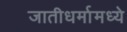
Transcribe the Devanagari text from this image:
जातीधर्मामध्ये